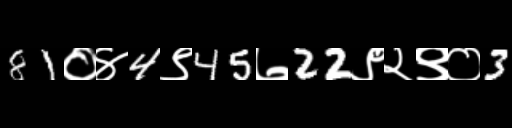
Text: 81०४4९45७22९२९०3